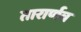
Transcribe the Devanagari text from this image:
तारार्णव